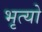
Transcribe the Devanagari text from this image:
भृत्यो